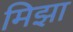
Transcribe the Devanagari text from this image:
मिझा